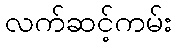
လက်ဆင့်ကမ်း